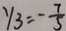
y _ { 3 } = - \frac { 7 } { 5 }